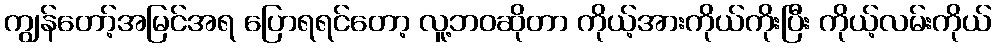
ကျွန်တော့်အမြင်အရ ပြောရရင်တော့ လူ့ဘဝဆိုတာ ကိုယ့်အားကိုယ်ကိုးပြီး ကိုယ့်လမ်းကိုယ်